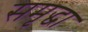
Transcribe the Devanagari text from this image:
समृद्धा